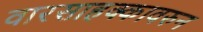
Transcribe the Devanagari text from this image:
वारसाहक्कावरुन